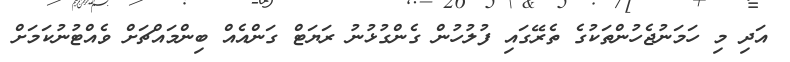
އަދި މި ހަމަނުޖެހުންތަކުގެ ތެރޭގައި ފުލުހުން ގެންގުޅުނު ރަޔަޓް ގަންއެއް ބިންމައްޗަށް ވެއްޓުނުކަމަށް